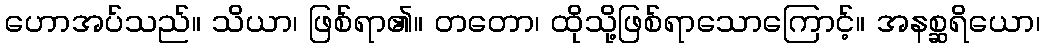
ဟောအပ်သည်။ သိယာ၊ ဖြစ်ရာ၏။ တတော၊ ထိုသို့ဖြစ်ရာသောကြောင့်။ အနစ္ဆရိယော၊